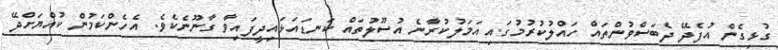
ގުޅިގެން އުފެދޭ ދެބަސްވުންތައް ހައްލުކުރުމުގައި އަމަލުކުރާނެ އުސޫލުތައް ކަނޑައަޅައިދީފައިވާ ގާނޫނެކެވެ. އެހެންކަމުން ކުއްޔަށްދޭ